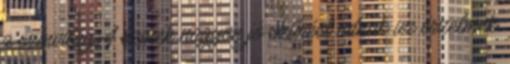
a színvilág.A színek nagyon jó szűrést adnak az érzelmek